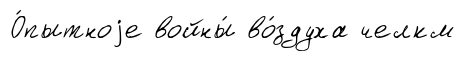
О́пытноjе войны́ во́здуха челкм